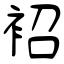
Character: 袑